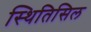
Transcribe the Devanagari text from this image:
स्थितिसिल